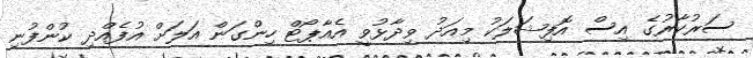
ސަރުކާރުގެ އިސް އޮފިޝަލަކު މިއަދު ވިދާޅުވީ އެއާޕޯޓް ހިންގަން އަލަށް އުފެއްދި ކުންފުނި